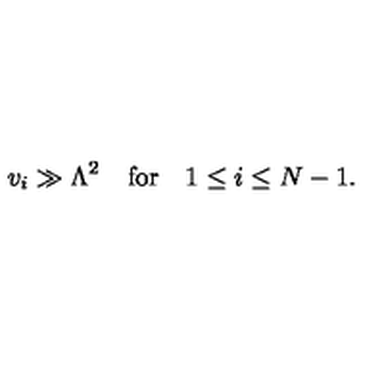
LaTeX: v _ { i } \gg \Lambda ^ { 2 } \quad \mathrm { f o r } \quad 1 \leq i \leq N - 1 .